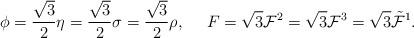
LaTeX: \begin{align*}\phi={\sqrt{3}\over 2}\eta={\sqrt{3}\over 2}\sigma={\sqrt{3}\over 2}\rho, \ \ \ \ F=\sqrt{3}{\cal F}^2=\sqrt{3}{\cal F}^3=\sqrt{3}\tilde{\cal F}^1.\end{align*}